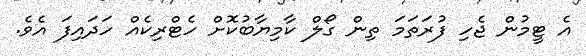
އެ ޓީމުން ޖެހި ފުރަތަމަ ތިން ގޯލް ކާމިޔާބުކޮށް ހެޓްރިކެއް ހަދައިފަ އެވެ.